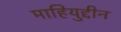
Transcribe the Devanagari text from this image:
माहियुद्दीन